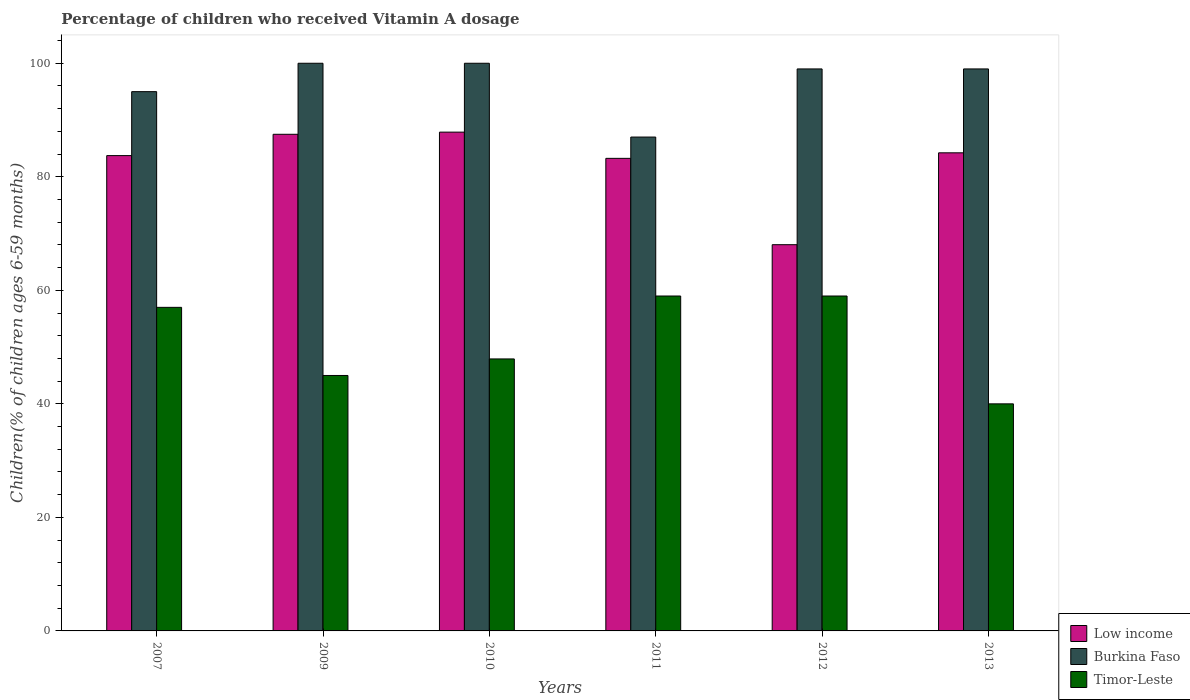
| Years | Low income | Burkina Faso | Timor-Leste |
 | --- | --- | --- | --- |
 | 2007 | 83.7 | 95 | 57 |
 | 2009 | 87.5 | 100 | 45 |
 | 2010 | 87.9 | 100 | 47.9 |
 | 2011 | 83.2 | 87 | 59 |
 | 2012 | 68 | 99 | 59 |
 | 2013 | 84.2 | 99 | 40 |